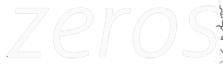
zeros